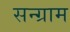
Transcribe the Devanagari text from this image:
सन्ग्राम